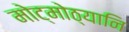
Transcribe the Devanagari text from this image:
मोट्मोठ्यानि